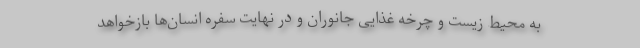
به محیط زیست و چرخه غذایی جانوران و در نهایت سفره انسان‌ها بازخواهد